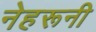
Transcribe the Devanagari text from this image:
नेहरूनी